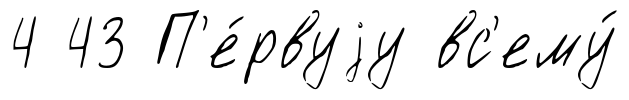
4 43 П'е́рвуjу вс'ему́